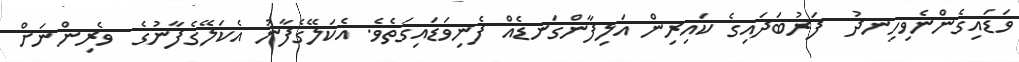
ވަޑައިގެންނެވިހިނދު  ފަރުބަދައިގެ ކައިރިން އަލިފާންގަނޑެއް ފެނިވަޑައިގަތެވެ. އެކަލޭގެފާނު އެކަލޭގެފާނުގެ  ވެރިންނަށް